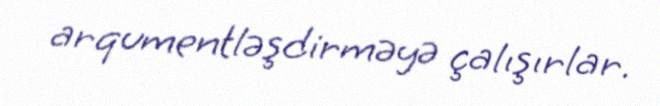
arqumentləşdirməyə çalışırlar.